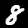
Digit: 8